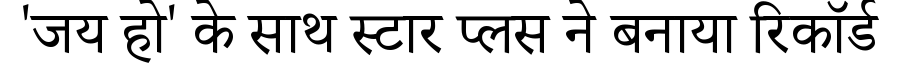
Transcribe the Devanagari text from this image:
'जय हो' के साथ स्टार प्लस ने बनाया रिकॉर्ड